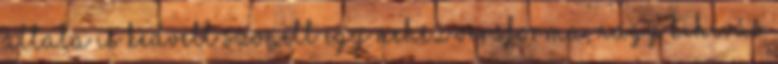
általa is kedvelt szonett egy nehéz versforma, nagy kihívás